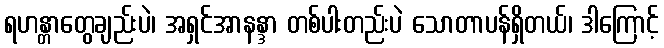
ရဟန္တာတွေချည်းပဲ၊ အရှင်အာနန္ဒာ တစ်ပါးတည်းပဲ သောတာပန်ရှိတယ်၊ ဒါကြောင့်